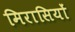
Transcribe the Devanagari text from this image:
मिरासियों